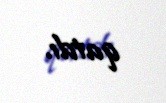
qatdı.